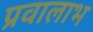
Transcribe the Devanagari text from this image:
प्रवालाभ